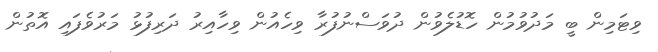
ވިޓަމިން ބީ މަދުވުމުން ހޮޑުލެވުން ދުވަސްނުފުރާ ވިހެއުން ވިހާއިރު ދަރިފުޅު މަރުވެފައި އޮތުން